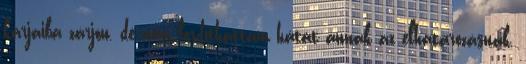
karjaiba zárjon, de nem fordíthattam hátat annak az elhatározásnak,